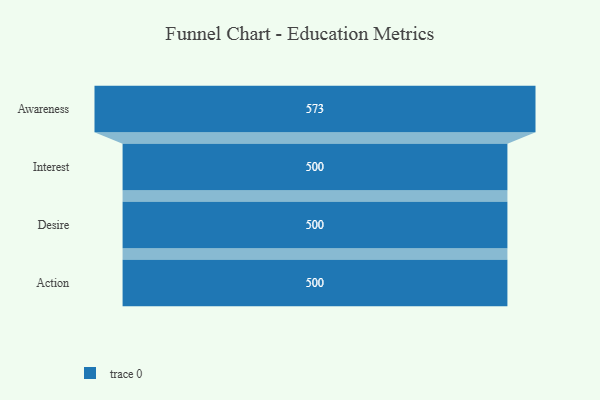
{"axis": {"x": "Stage", "y": "Value"}, "legend": [""], "data": [{"x": "Awareness", "y": 573.0, "type": ""}, {"x": "Interest", "y": 500, "type": ""}, {"x": "Desire", "y": 500, "type": ""}, {"x": "Action", "y": 500, "type": ""}]}